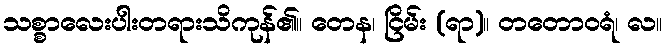
သစ္စာလေးပါးတရားသိကုန်၏။ တေန၊ ငြိမ်း (ရာ)။ တတောဝရံ၊ လ။